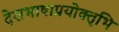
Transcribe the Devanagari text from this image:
देशभाषाप्रयोक्तृभि